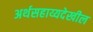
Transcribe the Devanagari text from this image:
अर्थसहाय्यदेखील